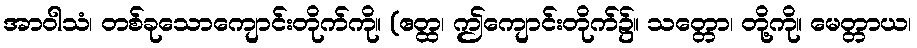
အာဝါသံ၊ တစ်ခုသောကျောင်းတိုက်ကို။ (ဧတ္ထ၊ ဤကျောင်းတိုက်၌။ သတ္တော၊ တို့ကို။ မေတ္တာယ၊